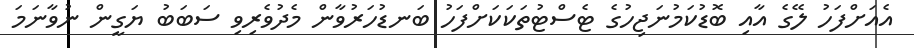
އެއަށްފަހު ލޭގެ އާއި ބޮޑުކަމުނަޖިހުގެ ޓެސްޓުތަކަކަށްފަހު ބަނޑުހަރުވާން މެދުވެރިވި ސަބަބު ޔަގީން ނުވާނަމަ